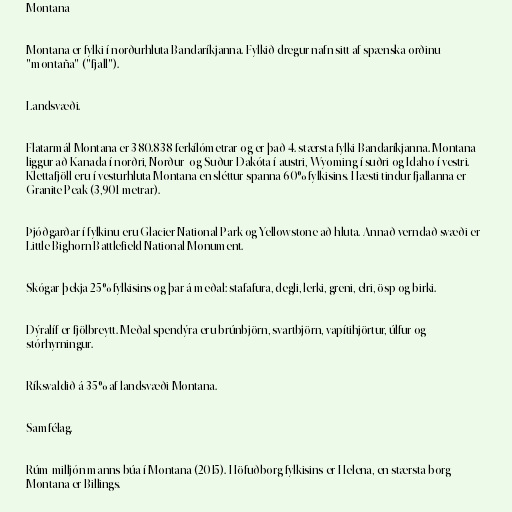
Montana

Montana er fylki í norðurhluta Bandaríkjanna. Fylkið dregur nafn sitt af spænska orðinu
"montaña" ("fjall").

Landsvæði.

Flatarmál Montana er 380.838 ferkílómetrar og er það 4. stærsta fylki Bandaríkjanna. Montana
liggur að Kanada í norðri, Norður- og Suður-Dakóta í austri, Wyoming í suðri og Idaho í vestri.
Klettafjöll eru í vesturhluta Montana en sléttur spanna 60% fylkisins. Hæsti tindur fjallanna er
Granite Peak (3,901 metrar).

Þjóðgarðar í fylkinu eru Glacier National Park og Yellowstone að hluta. Annað verndað svæði er
Little Bighorn Battlefield National Monument.

Skógar þekja 25% fylkisins og þar á meðal: stafafura, degli, lerki, greni, elri, ösp og birki.

Dýralíf er fjölbreytt. Meðal spendýra eru brúnbjörn, svartbjörn, vapítihjörtur, úlfur og
stórhyrningur.

Ríksvaldið á 35% af landsvæði Montana.

Samfélag.

Rúm milljón manns búa í Montana (2015). Höfuðborg fylkisins er Helena, en stærsta borg
Montana er Billings.